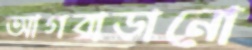
আগবাড়ানো